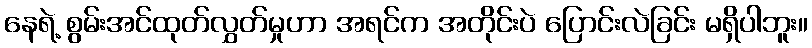
နေရဲ့ စွမ်းအင်ထုတ်လွှတ်မှုဟာ အရင်က အတိုင်းပဲ ပြောင်းလဲခြင်း မရှိပါဘူး။